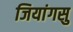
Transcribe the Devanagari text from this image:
जियांगसु